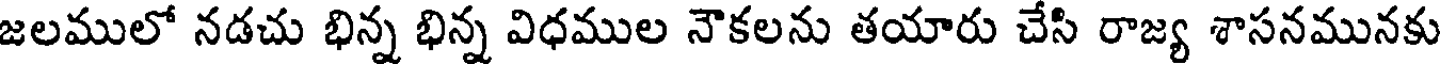
జలములో నడచు భిన్న భిన్న విధముల నౌకలను తయారు చేసి రాజ్య శాసనమునకు